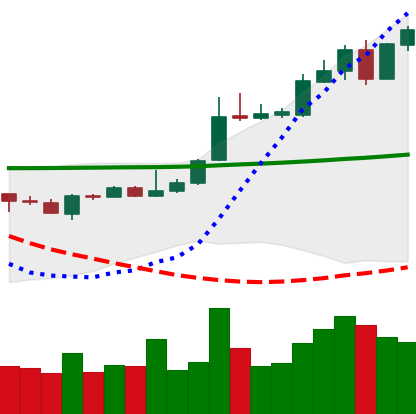
Ticker: XLM-USD
Chart end date: 2020-05-02
Forward return: -4.147%
Label: down_3_5